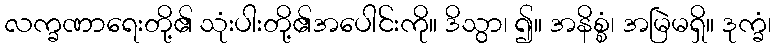
လက္ခဏာရေးတို့၏ သုံးပါးတို့၏အပေါင်းကို။ ဒိသွာ၊ ၍။ အနိစ္စံ၊ အမြဲမရှိ။ ဒုက္ခံ၊